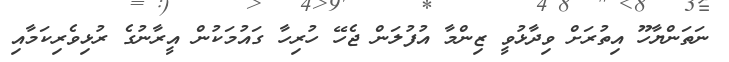
ނަތަންޔާހޫ އިތުރަށް ވިދާޅުވީ ޒިންމާ އުފުލަން ޖެހޭ ހުރިހާ ގައުމަކުން އީރާނުގެ ރުޅިވެރިކަމާއި